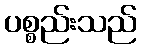
ပစ္စည်းသည်